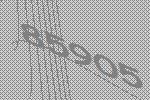
85905